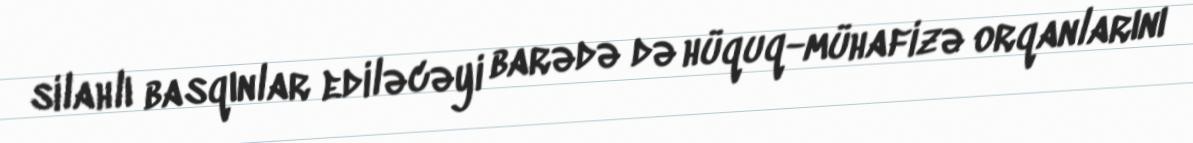
silahlı basqınlar ediləcəyi barədə də hüquq-mühafizə orqanlarını